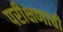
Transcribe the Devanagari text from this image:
परीक्षणाची